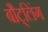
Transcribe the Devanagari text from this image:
बौट्लिंग